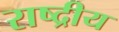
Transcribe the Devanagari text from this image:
राष्द्रीय